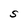
Character: S